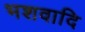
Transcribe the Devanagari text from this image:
भशवादि